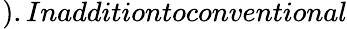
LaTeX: _{}).Inadditiontoconventional